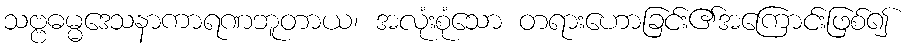
သဗ္ဗဓမ္မဒေသနာကာရဏဘူတာယ၊ အလုံးစုံသော တရားဟောခြင်း၏အကြောင်းဖြစ်၍